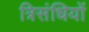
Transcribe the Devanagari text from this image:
त्रिसंधियों